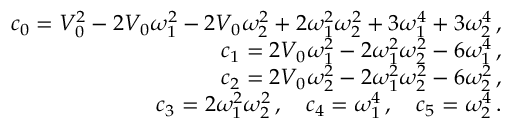
\begin{array} { r } { c _ { 0 } = V _ { 0 } ^ { 2 } - 2 V _ { 0 } \omega _ { 1 } ^ { 2 } - 2 V _ { 0 } \omega _ { 2 } ^ { 2 } + 2 \omega _ { 1 } ^ { 2 } \omega _ { 2 } ^ { 2 } + 3 \omega _ { 1 } ^ { 4 } + 3 \omega _ { 2 } ^ { 4 } \, , } \\ { c _ { 1 } = 2 V _ { 0 } \omega _ { 1 } ^ { 2 } - 2 \omega _ { 1 } ^ { 2 } \omega _ { 2 } ^ { 2 } - 6 \omega _ { 1 } ^ { 4 } \, , } \\ { c _ { 2 } = 2 V _ { 0 } \omega _ { 2 } ^ { 2 } - 2 \omega _ { 1 } ^ { 2 } \omega _ { 2 } ^ { 2 } - 6 \omega _ { 2 } ^ { 2 } \, , } \\ { c _ { 3 } = 2 \omega _ { 1 } ^ { 2 } \omega _ { 2 } ^ { 2 } \, , \quad c _ { 4 } = \omega _ { 1 } ^ { 4 } \, , \quad c _ { 5 } = \omega _ { 2 } ^ { 4 } \, . } \end{array}